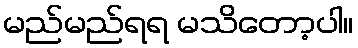
မည်မည်ရရ မသိတော့ပါ။